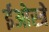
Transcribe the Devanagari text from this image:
ईओस्त्रे